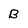
Character: B